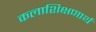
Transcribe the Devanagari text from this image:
कलाशिक्षणार्थ